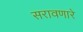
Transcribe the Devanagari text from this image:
सरावणारे